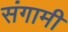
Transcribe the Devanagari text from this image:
संगामी